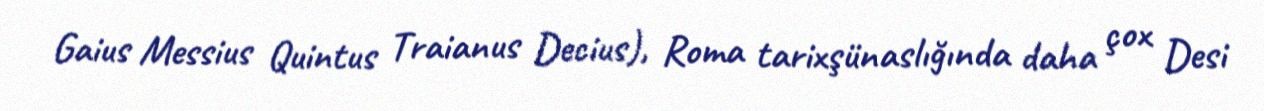
Gaius Messius Quintus Traianus Decius), Roma tarixşünaslığında daha çox Desi